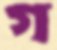
গ